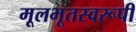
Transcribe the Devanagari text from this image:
मूलभूतस्वरूपी